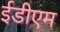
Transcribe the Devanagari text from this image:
ईडीएम